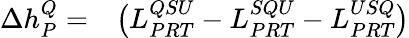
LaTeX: \begin{array}{rl}{\Delta h_{P}^{Q}=}&{{}\big(L_{PRT}^{QSU}-L_{PRT}^{SQU}-L_{PRT}^{USQ}\big)}\end{array}